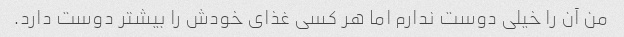
من آن را خیلی دوست ندارم اما هر کسی غذای خودش را بیشتر دوست دارد.